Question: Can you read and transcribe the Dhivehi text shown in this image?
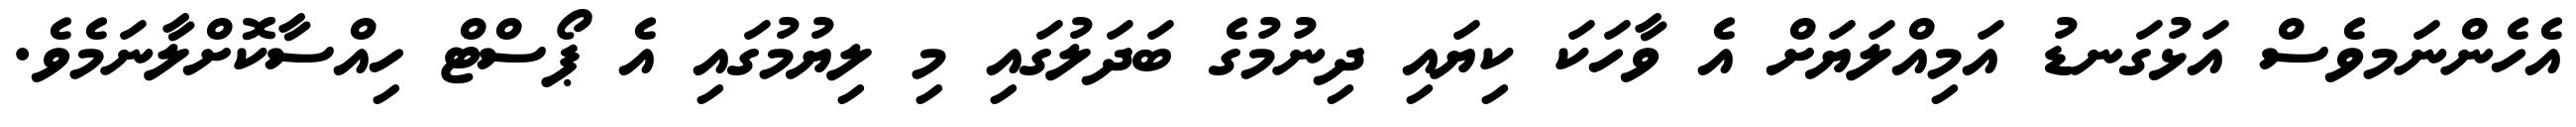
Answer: އެހެންނަމވެސް އަޅުގަނޑު އަމިއްލަޔަށް އެ ވާހަކަ ކިޔައި ދިނުމުގެ ބަދަލުގައި މި ލިޔުމުގައި އެ ޕޯސްޓް ހިއްސާކޮށްލާނަމެވެ.